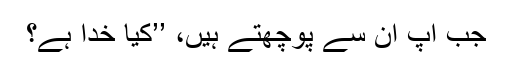
جب آپ اُن سے پوچھتے ہیں، ’’کیا خُدا ہے؟